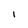
Character: l